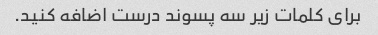
برای کلمات زیر سه پسوند درست اضافه کنید.